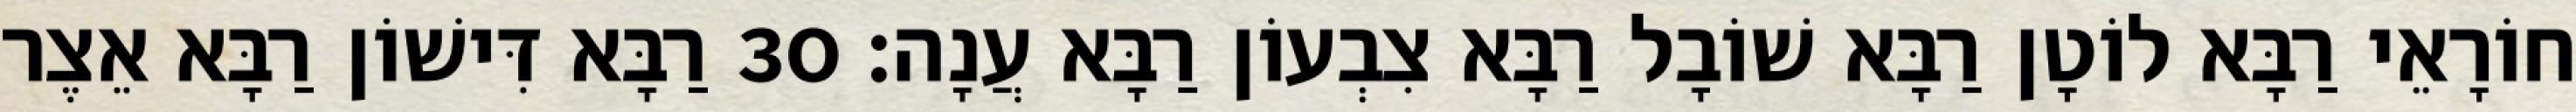
חוֹרָאֵי רַבָּא לוֹטָן רַבָּא שׁוֹבָל רַבָּא צִבְעוֹן רַבָּא עֲנָה׃ 30 רַבָּא דִּישׁוֹן רַבָּא אֵצֶר